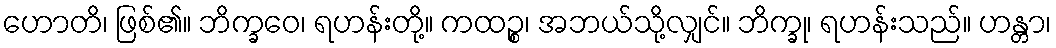
ဟောတိ၊ ဖြစ်၏။ ဘိက္ခဝေ၊ ရဟန်းတို့။ ကထဉ္စ၊ အဘယ်သို့လျှင်။ ဘိက္ခု၊ ရဟန်းသည်။ ဟန္တာ၊